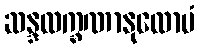
ဆန္ဒလက္ခဏာနုလောမံ